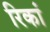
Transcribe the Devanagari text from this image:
रिकां